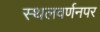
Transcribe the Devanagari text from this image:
स्थलवर्णनपर